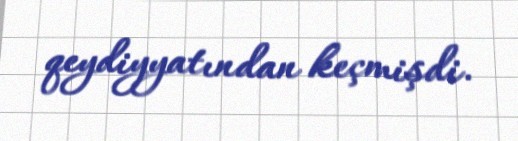
qeydiyyatından keçmişdi.